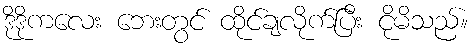
ဒိုဒိုကလေး ဘေးတွင် ထိုင်ချလိုက်ပြီး ငိုမိသည်။